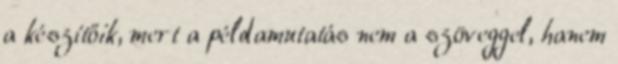
a készítőik, mert a példamutatás nem a szöveggel, hanem